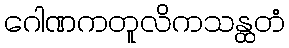
ဂေါဏကတူလိကသန္ထတံ